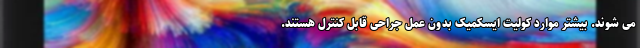
می شوند. بیشتر موارد کولیت ایسکمیک بدون عمل جراحی قابل کنترل هستند.